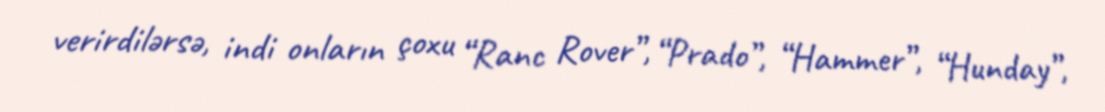
verirdilərsə, indi onların çoxu “Ranc Rover”, “Prado”, “Hammer”, “Hunday”,